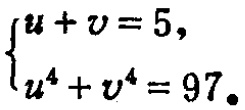
$\begin{cases}u + v = 5,\\u^{4}+v^{4}=97。\end{cases}$